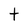
Character: t